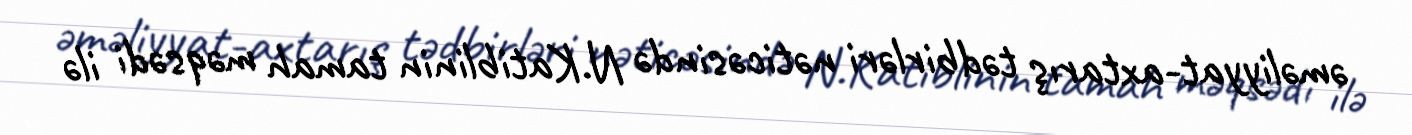
əməliyyat-axtarış tədbirləri nəticəsində N.Katiblinin tamah məqsədi ilə